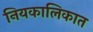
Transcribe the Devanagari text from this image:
नियकालिकात